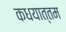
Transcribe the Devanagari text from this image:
कधयात्तम